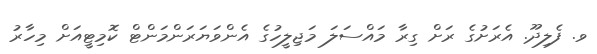
ވ. ފެލިދޫ. އެރަށުގެ ރަށް ގިރާ މައްސަލަ މަޖިލީހުގެ އެންވަޔަރަންމަންޓް ކޮމިޓީއަށް މިހާރު